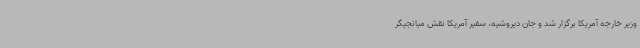
وزیر خارجه آمریکا برگزار شد و جان دیروشیه، سفیر آمریکا نقش میانجیگر